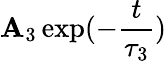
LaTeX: \mathbf{A}_{3}\exp(-\frac{{t}}{{\tau_{3}}})